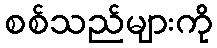
စစ်သည်များကို